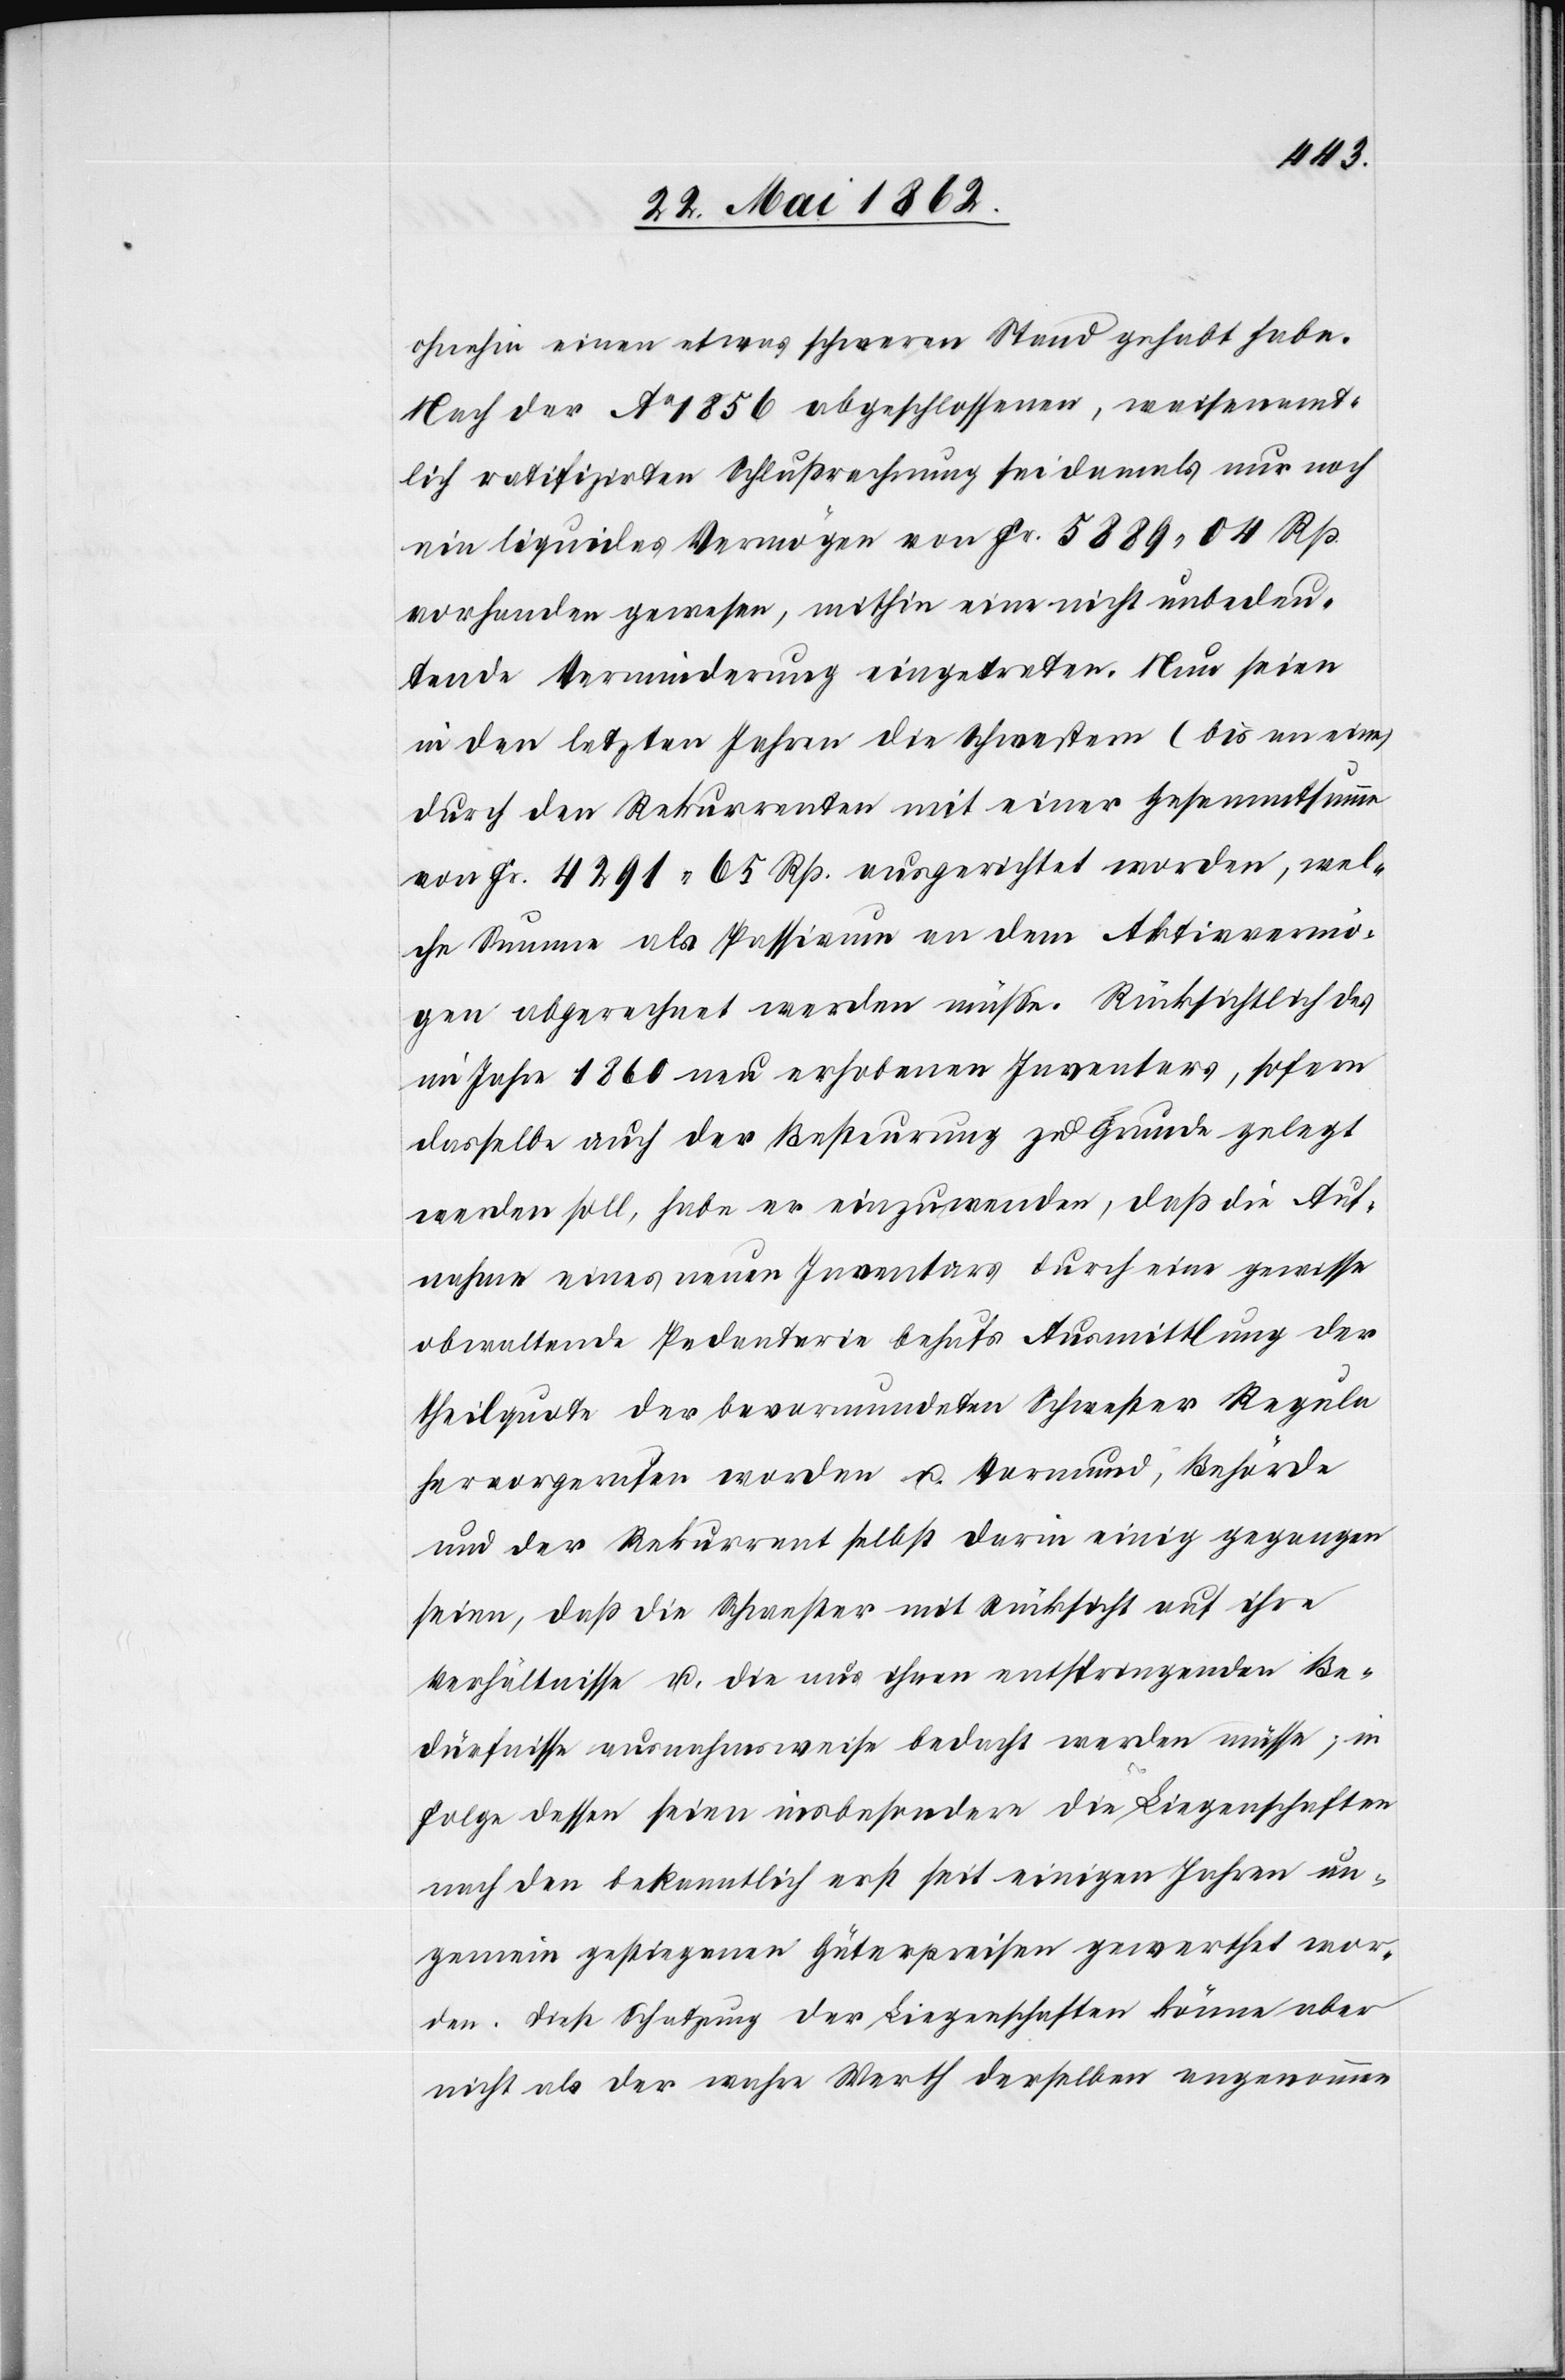
ohnehin einen etwas schweren Stand gehabt habe.
Nach der Ao 1856 abgeschlossenen, weisenamt¬
lich ratifizirten Schlußrechnung sei damals nur noch
ein liquides Vermögen von Fr. 5889 04 Rp.
vorhanden gewesen, mithin eine nicht unbedeu¬
tende Verminderung eingetreten. Nun seien
in den letzten Jahren die Schwestern (bis an eine)
durch den Rekurrenten mit einer Gesammtsumme
von Fr. 4291 65 Rp. ausgerichtet worden, wel¬
che Summe als Passivum an dem Aktivvermö¬
gen abgerechnet werden müsse. Rücksichtlich des
im Jahre 1860 neu erhobenen Inventars, sofern
dasselbe auch der Besteurung zu Grunde gelegt
werden soll, habe er einzuwenden, daß die Auf¬
nahme eines neuen Inventars durch eine gewisse
obwaltende Pedanterie behufs Ausmittlung der
Theilquote der bevormundeten Schwester Regula
hervorgerufen worden u. Vormund, Behörde
und der Rekurrent selbst darin einig gegangen
seien, daß die Schwester mit Rücksicht auf ihre
Verhältnisse u. die aus ihren entspringenden Be¬
dürfnisse ausnahmsweise bedacht werden müsse; in
Folge dessen seien insbesondere die Liegenschaften
nach den bekanntlich erst seit einigen Jahren un¬
gemein gestiegenen Güterpreisen gewerthet wor¬
den. Diese Schatzung der Liegenschaften könne aber
nicht als der wahre Werth derselben angenommen